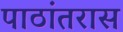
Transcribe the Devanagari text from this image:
पाठांतरास